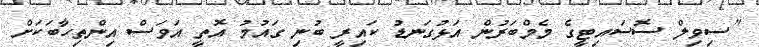
"ސިވިލް ސޮސައިޓީގެ މެމްބަރުން އަޅުގަނޑު ކައިރީ ބުނި ގައުމު އޮތީ އަވަސް އިންތިހާބަކަށް